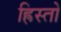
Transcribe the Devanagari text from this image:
ह्रिस्तो